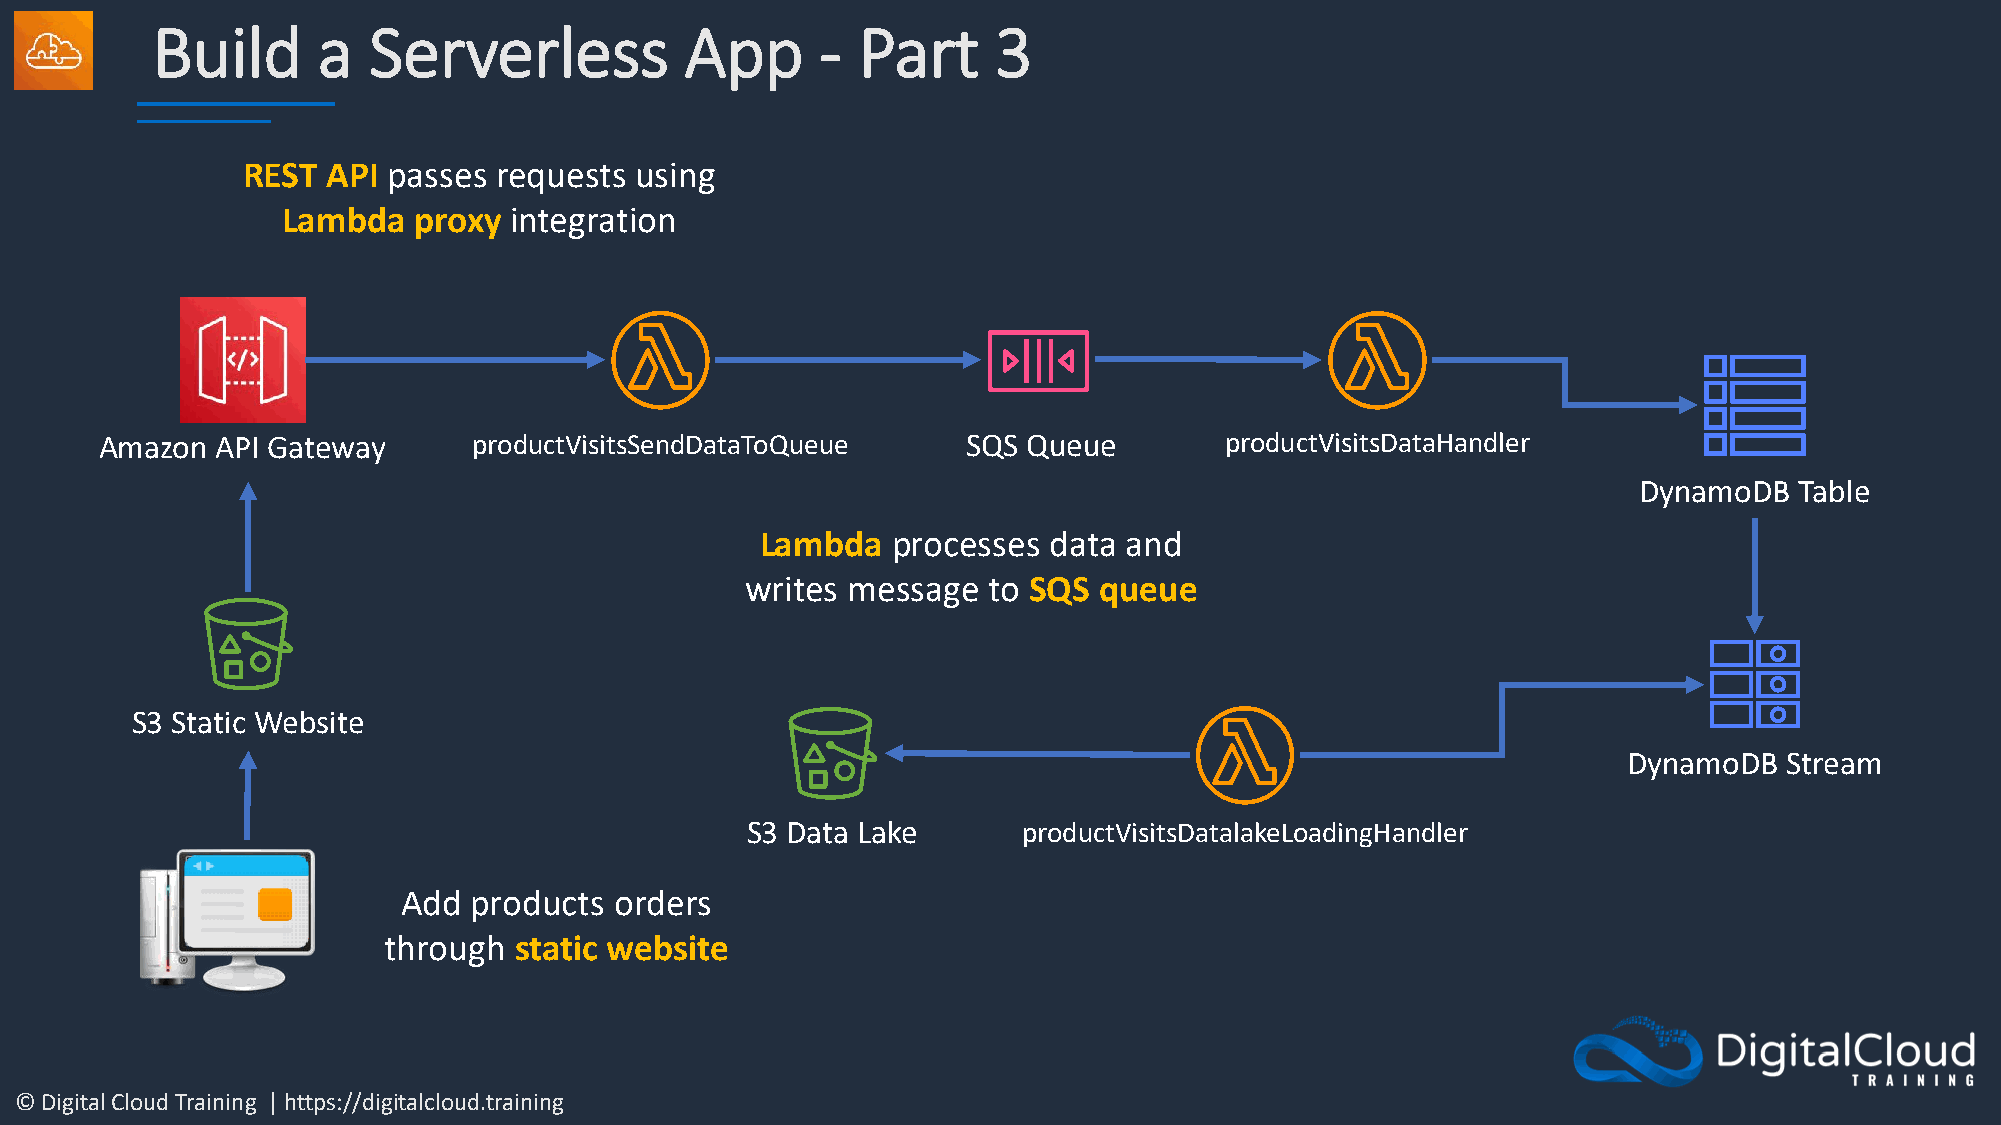
Build      a  Serverless           App      -  Part     3
 REST  API passes requests using
 Lambda  proxy  integration
 Amazon API Gateway      productVisitsSendDataToQueue     SQS Queue        productVisitsDataHandler
 DynamoDB   Table
 Lambda   processes data and
 writes message  to SQS  queue
 S3 Static Website
 DynamoDB  Stream
 S3 Data Lake       productVisitsDatalakeLoadingHandler
 Add products  orders
 through  static website
 © Digital Cloud Training | https://digitalcloud.training